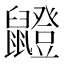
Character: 𫜣